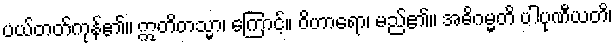
ပယ်တတ်ကုန်၏။ ဣတိတသ္မာ၊ ကြောင့်။ ဝိဟာရော၊ မည်၏။ အဓိဂမ္မတိ ပါပုဏီယတိ၊